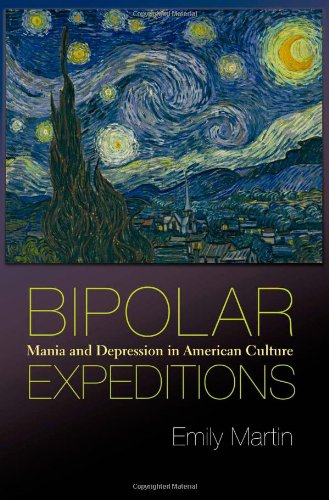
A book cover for Bipolar Expeditions: Mania and Depression in American Culture; Emily Martin; Health, Fitness & Dieting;